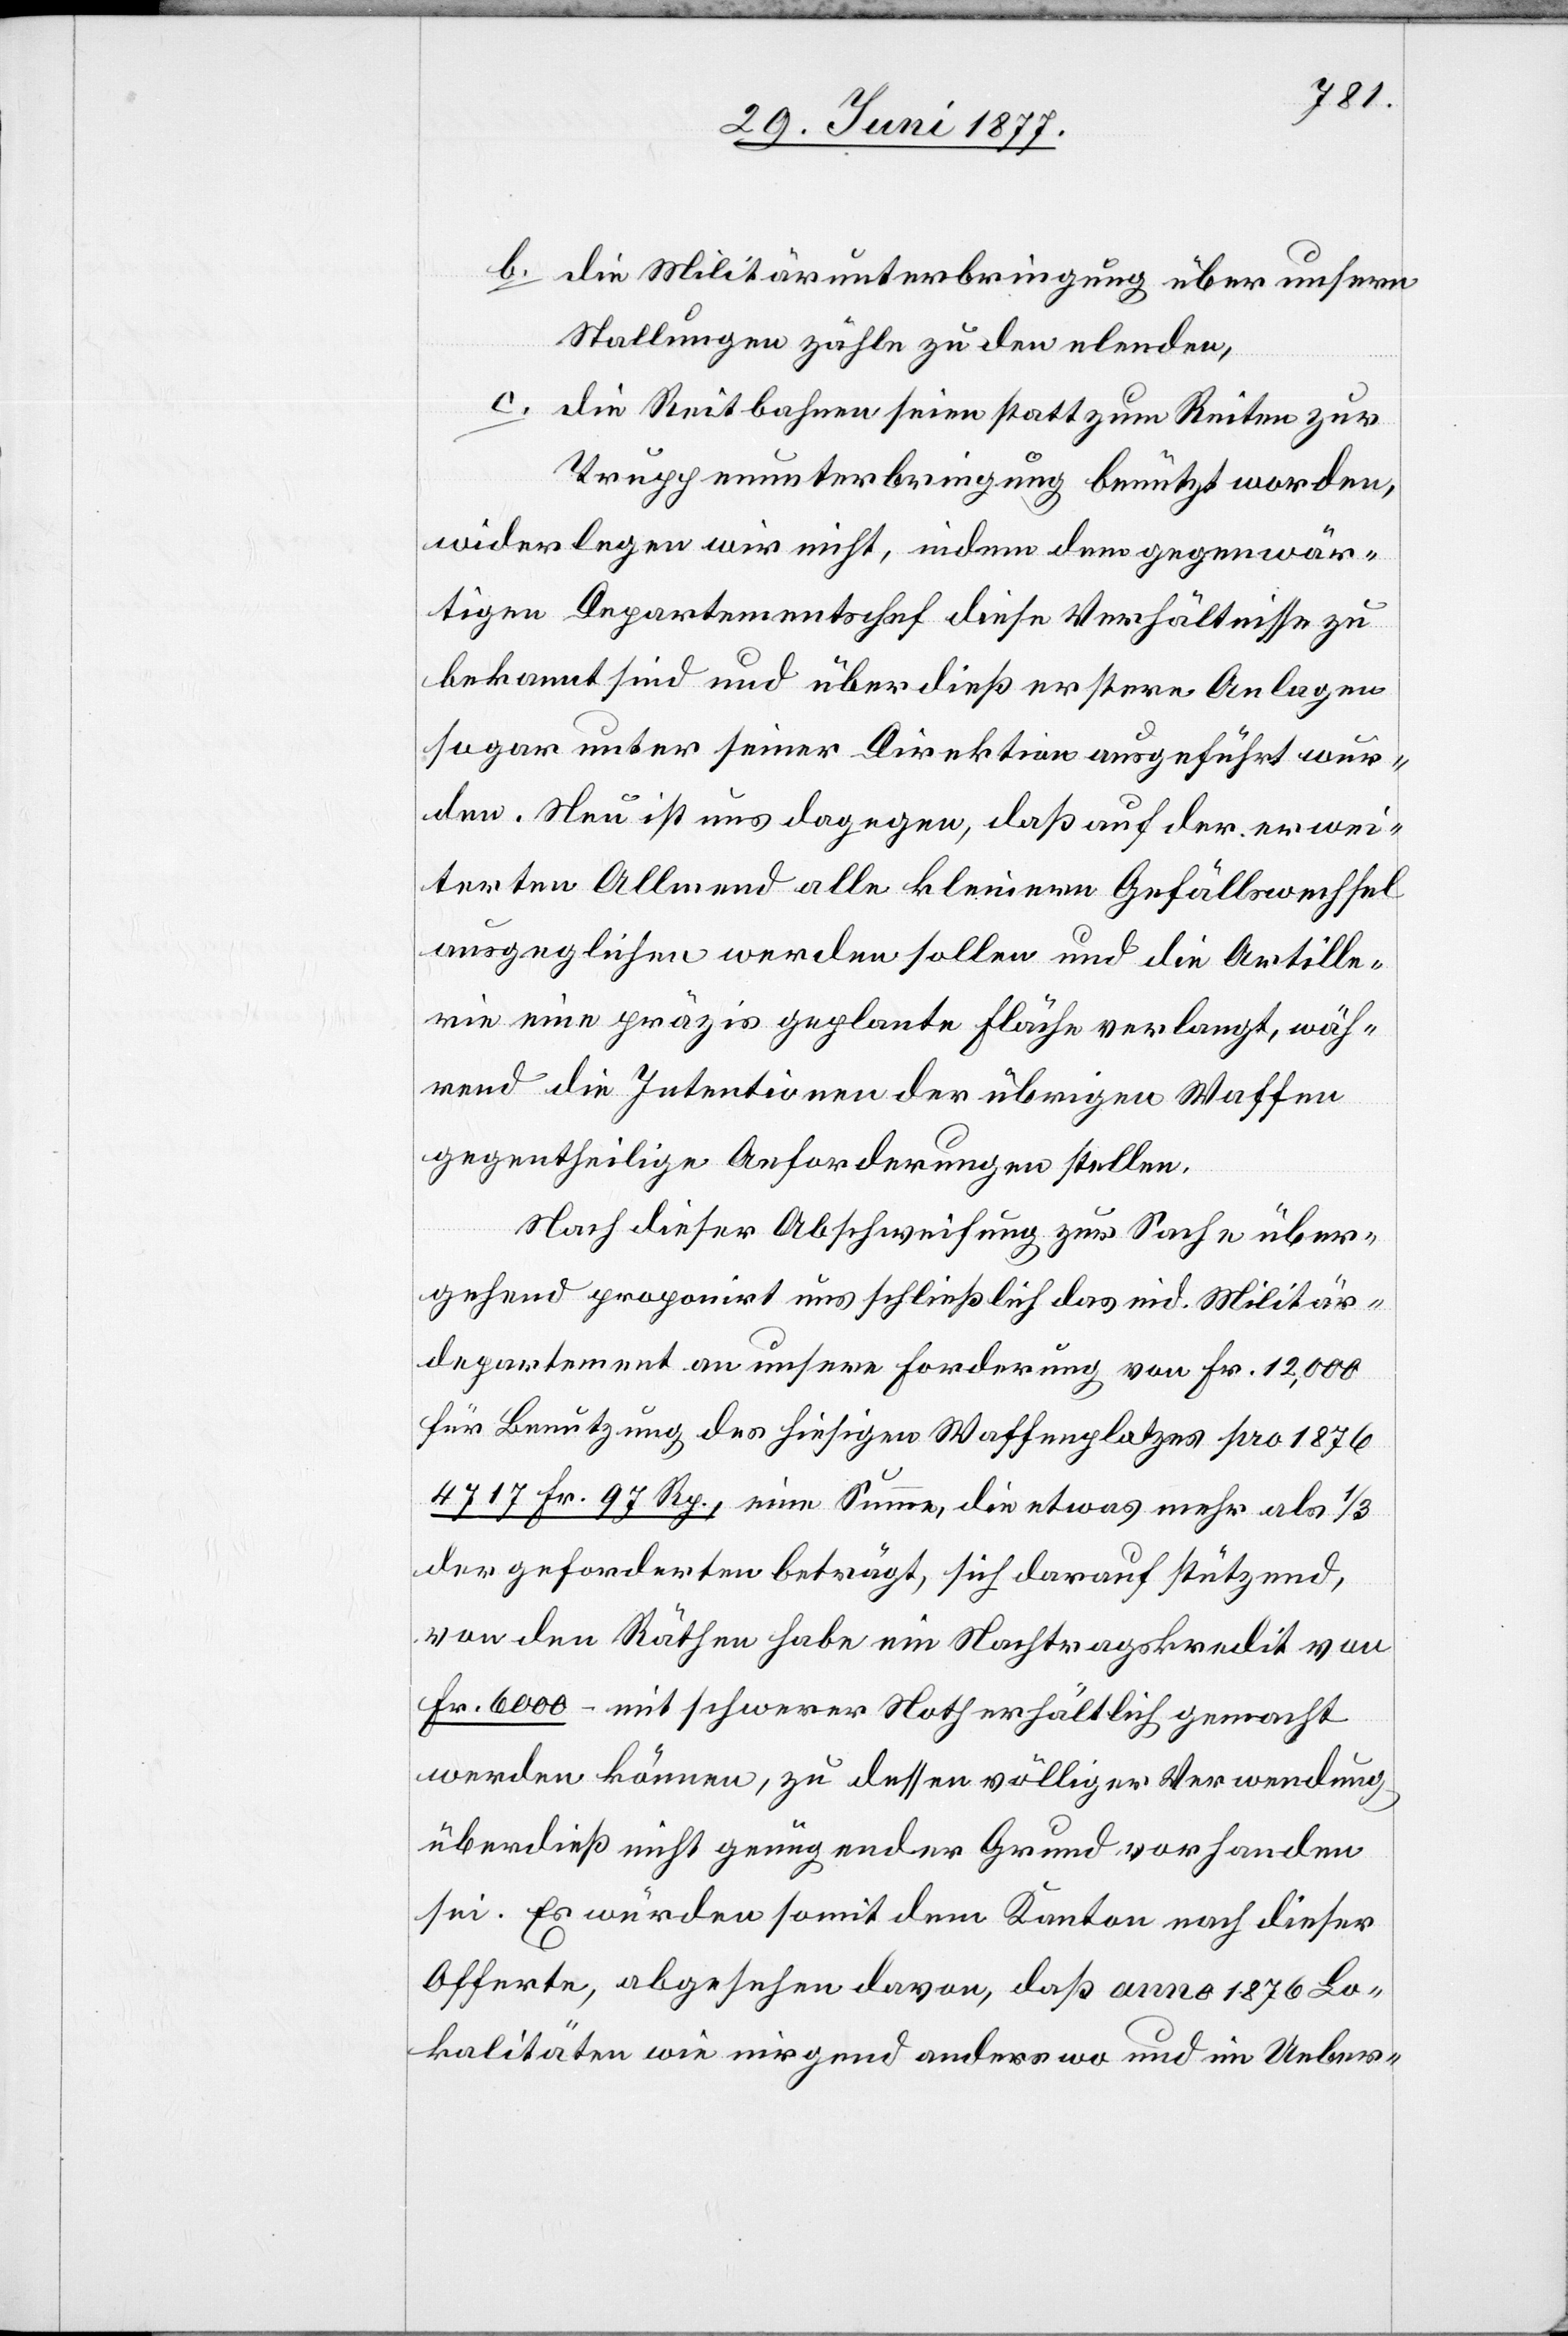
b. die Militärunterbringung über unsern
Stallungen zähle zu den elenden,
c. die Reitbahnen seien statt zum Reiten zur
Truppenunterbringung benutzt worden,
widerlegen wird nicht, indem dem gegenwär¬
tigen Departementschef diese Verhältnisse zu
bekannt sind und überdieß erstere Anlagen
sogar unter seiner Direktion ausgeführt wur¬
den. Nun ist uns dagegen, daß auf der erwei¬
terten Allmend alle kleinen Gefällswechsel
ausgeglichen werden sollen und die Artille¬
rie eine präzis geplante Fläche verlangt, wäh¬
rend die Intentionen der übrigen Waffen
gegentheilige Anforderungen stellen.
Nach dieser Abschweifung zur Sach über¬
gehend proponirt uns schließlich das eid. Militär¬
departement an unsere Forderung von Fr. 12,000
für Benutzung des hiesigen Waffenplatzes pro 1876
4717 Fr. 97 Rp., eine Summe, die etwas mehr als 1/3
der geforderten beträgt, sich darauf stützend,
von den Räthen habe ein Nachkredit von
Fr. 6000 mit schwerer Noth gemacht werden
überdieß nicht genügender Grund vorhanden
sei. Es würde somit dem Kanton nach dieser
Offerte, abgesehen davon, daß anno 1876 Lo¬
kalitäten wie nirgend anderswo und im Ueber-